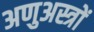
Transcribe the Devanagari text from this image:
अणुअस्त्रों